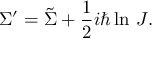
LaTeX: \Sigma ^ { \prime } = \tilde { \Sigma } + { \frac { 1 } { 2 } } i \hbar \ln \, J .